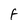
Character: F